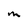
Character: M